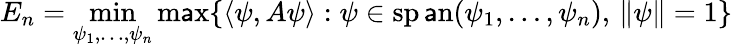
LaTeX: E_{n}=\operatorname*{min}_{\psi_{1},\ldots,\psi_{n}}\operatorname*{m\mathsf{a}x}\{ \langle\psi,A\psi\rangle:\psi\in\operatorname{sp\mathsf{a}n}(\psi_{1},\ldots,\psi_{n}),\, \| \psi\| =1\}